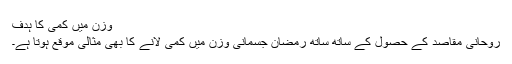
وزن میں کمی کا ہدف
روحانی مقاصد کے حصول کے ساتھ ساتھ رمضان جسمانی وزن میں کمی لانے کا بھی مثالی موقع ہوتا ہے۔